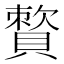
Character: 𧷕